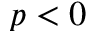
p < 0